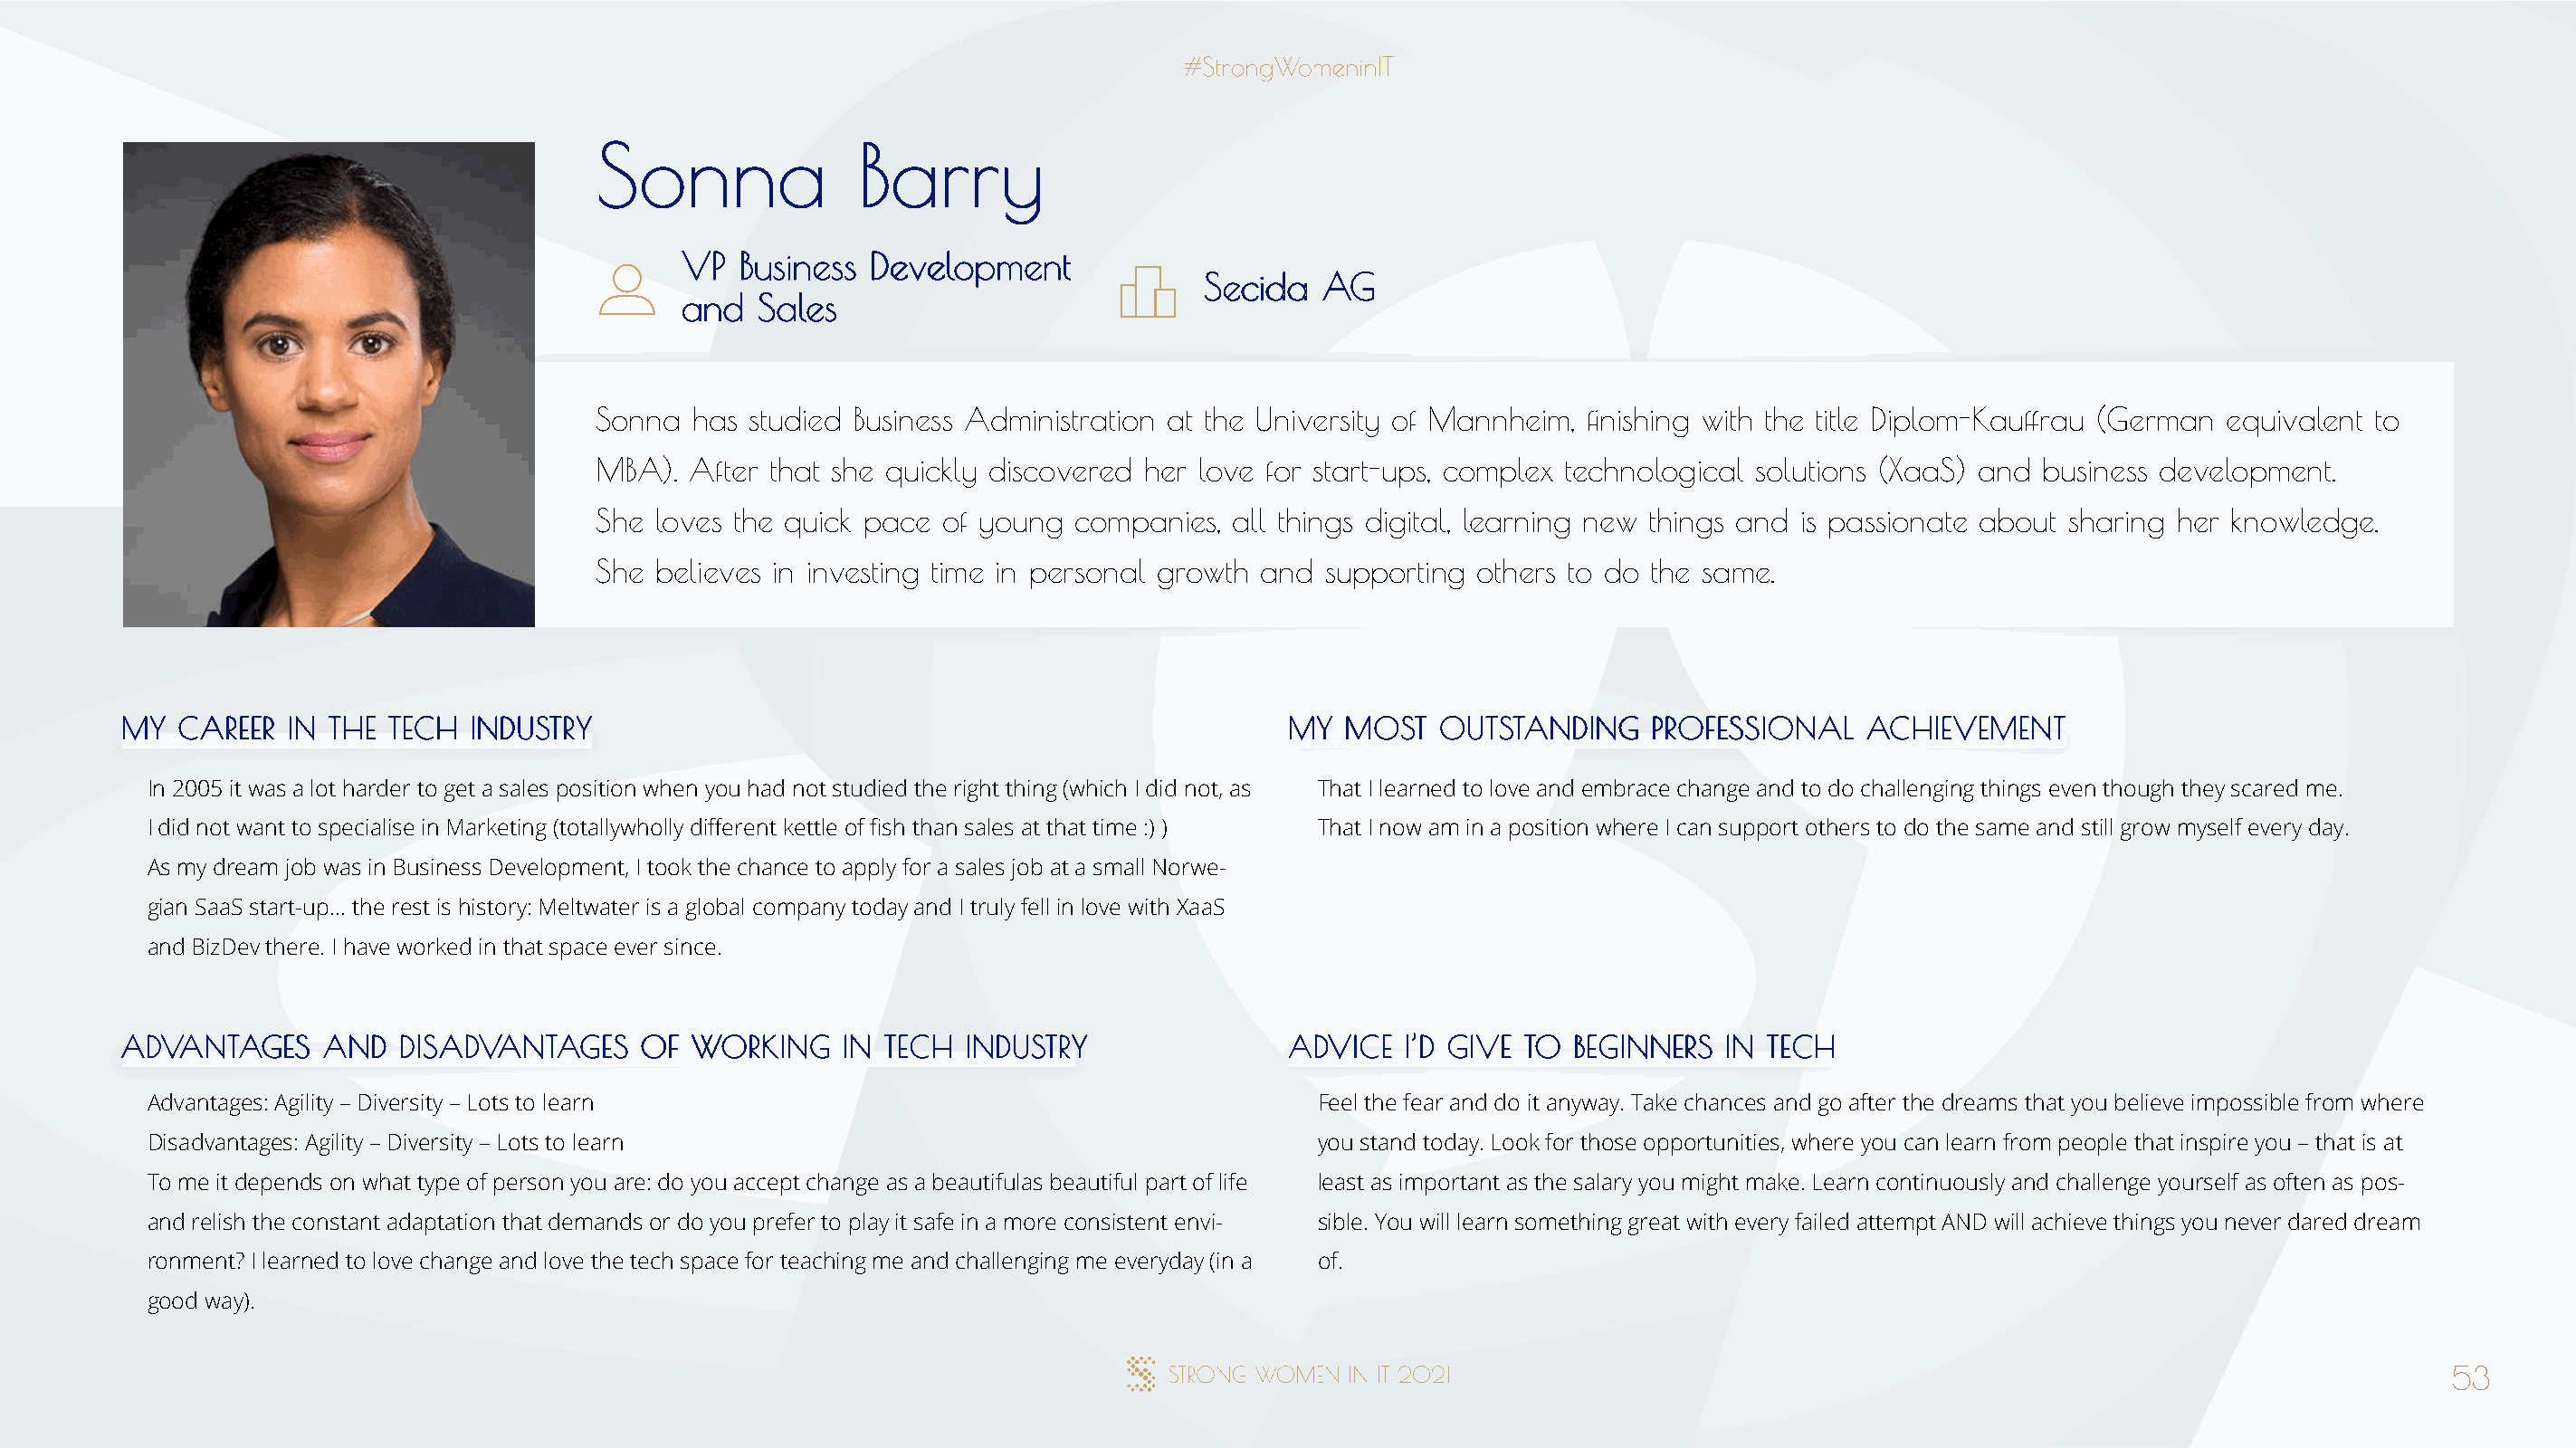
SSoonnnnaa         BBaarrrryy
 VVPP BBuussiinneessss DDeevveellooppmmeenntt
 SSeecciiddaa AAGG
 aanndd SSaalleess
 Sonna  has studied Business Administration at the University of Mannheim, finishing with the title Diplom-Kauffrau (German equivalent to
 MBA). After that she quickly discovered her love for start-ups, complex technological solutions (XaaS) and business development.
 She loves the quick pace of young  companies, all things digital, learning new things and is passionate about sharing her knowledge.
 She believes in investing time in personal growth and supporting others to do the same.
 MMYY CCAARREEEERR IINN TTHHEE TTEECCHH IINNDDUUSSTTRRYY                              MMYY MMOOSSTT OOUUTTSSTTAANNDDIINNGG PPRROOFFEESSSSIIOONNAALL AACCHHIIEEVVEEMMEENNTT
 In 2005 it was a lot harder to get a sales position when you had not studied the right thing (which I did not, as That I learned to love and embrace change and to do challenging things even though they scared me.
 I did not want to specialise in Marketing (totallywholly different kettle of fish than sales at that time :) ) That I now am in a position where I can support others to do the same and still grow myself every day.
 As my dream job was in Business Development, I took the chance to apply for a sales job at a small Norwe-
 gian SaaS start-up… the rest is history: Meltwater is a global company today and I truly fell in love with XaaS
 and BizDev there. I have worked in that space ever since.
 AADDVVAANNTTAAGGEESS AANNDD DDIISSAADDVVAANNTTAAGGEESS OOFF WWOORRKKIINNGG IINN TTEECCHH IINNDDUUSSTTRRYY AADDVVIICCEE II’’DD GGIIVVEE TTOO BBEEGGIINNNNEERRSS IINN TTEECCHH
 Advantages: Agility – Diversity – Lots to learn                                      Feel the fear and do it anyway. Take chances and go after the dreams that you believe impossible from where
 Disadvantages: Agility – Diversity – Lots to learn                                   you stand today. Look for those opportunities, where you can learn from people that inspire you – that is at
 To me it depends on what type of person you are: do you accept change as a beautifulas beautiful part of life least as important as the salary you might make. Learn continuously and challenge yourself as often as pos-
 and relish the constant adaptation that demands or do you prefer to play it safe in a more consistent envi- sible. You will learn something great with every failed attempt AND will achieve things you never dared dream
 ronment? I learned to love change and love the tech space for teaching me and challenging me everyday (in a of.
 good way).
 53